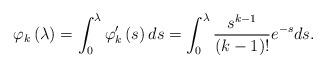
LaTeX: \begin{align*}\varphi_k\left(\lambda\right)=\int_0^{\lambda}\varphi_k'\left(s\right)ds=\int_0^{\lambda}\frac{s^{k-1}}{(k-1)!}e^{-s}ds.\end{align*}